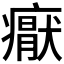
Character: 𭼩